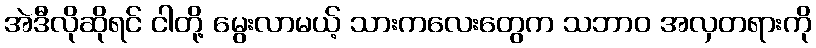
အဲဒီလိုဆိုရင် ငါတို့ မွေးလာမယ့် သားကလေးတွေက သဘာဝ အလှတရားကို